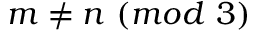
m \neq n \ ( m o d \ 3 )